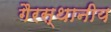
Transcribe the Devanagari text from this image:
गैरस्थानीय